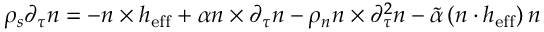
\rho _ { s } \partial _ { \tau } \boldsymbol { n } = - \boldsymbol { n } \times \boldsymbol { h } _ { \mathrm { e f f } } + \alpha \boldsymbol { n } \times \partial _ { \tau } \boldsymbol { n } - \rho _ { n } \boldsymbol { n } \times \partial _ { \tau } ^ { 2 } \boldsymbol { n } - \tilde { \alpha } \left( \boldsymbol { n } \cdot \boldsymbol { h } _ { \mathrm { e f f } } \right) \boldsymbol { n }